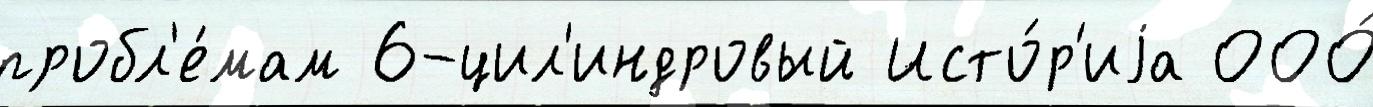
пробл'е́мам 6-цил'индровый Исто́р'иjа ООО́